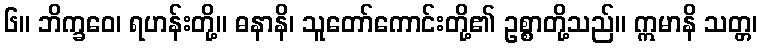
၆။ ဘိက္ခဝေ၊ ရဟန်းတို့။ ဓနာနိ၊ သူတော်ကောင်းတို့၏ ဥစ္စာတို့သည်။ ဣမာနိ သတ္တ၊